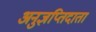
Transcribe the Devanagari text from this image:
अनुज्ञप्तिदाता